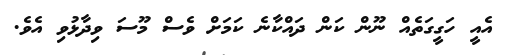
އެއީ ހަގީގަތެއް ނޫން ކަން ދައްކާނެ ކަމަށް ވެސް މޫސަ ވިދާޅުވި އެވެ.